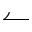
\leftharpoonup